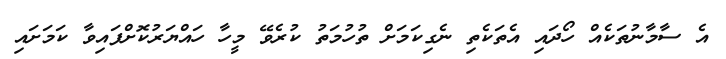
އެ ސާމާނުތަކެއް ހޯދައި އެތަކެތި ނެގިކަމަށް ތުހުމަތު ކުރެވޭ މީހާ ހައްޔަރުކޮށްފައިވާ ކަމަށައި